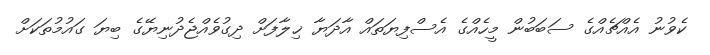
ކެވުނު އެއްޗެއްގެ ސަބަބުން މީހެއްގެ އެސްފިޔަތައް އާދަޔާ ޚިލާފަށް ދިގުވެއްޖެދުނިޔޭގެ ބިޔަ ގައުމުތަކަށް